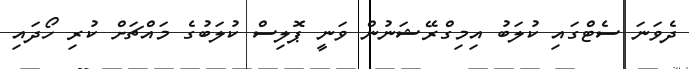
ދެވަނަ ސެޓްގައި ކުލަބު އިމިގްރޭޝަނުން ވަނީ ޕޮލިސް ކުލަބުގެ މައްޗަށް ކުރި ހޯދައި